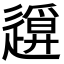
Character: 𨖪